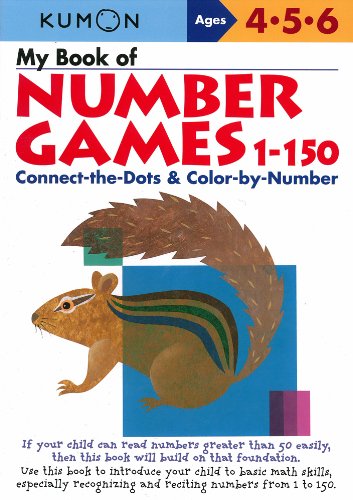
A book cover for My Book of Number Games, 1-150 (Kumon Workbooks); Money Magazine; Education & Teaching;